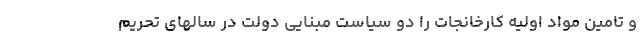
و تامین مواد اولیه کارخانجات را دو سیاست مبنایی دولت در سالهای تحریم